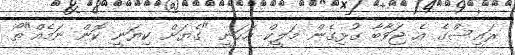
ރައީސްގެ އެ ޖަވާބާ ގުޅިގެން މަލީކް އަހަނީ "ގެޔަށް ކިޔަނީ ކޮން ނަމެއް"ތޯ